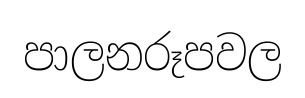
පාලනරූපවල